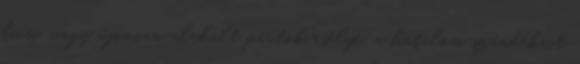
kicsi, vagy újonnan alakult pártok esélye, a hatalom szándékait